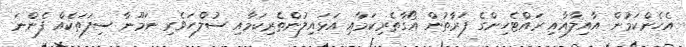
އެހެންކަމުން އާއިލާއާއި ރައްޓެހިންގެ ފަރާތުން އޯގާތެރިކަމާއި އަޅައިލުންތެރިކަމާއި ސުލްހަވެރި ނަމޫނާ ސިފަތަކެއް ފެންނަ